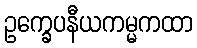
ဥက္ခေပနီယကမ္မကထာ